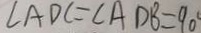
\angle A D C = \angle A D B = 9 0 ^ { \circ }